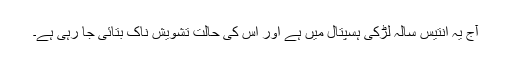
آج يہ انتيس سالہ لڑکی ہسپتال ميں ہے اور اس کی حالت تشويش ناک بتائی جا رہی ہے۔